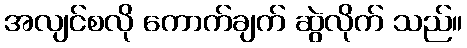
အလျင်စလို ကောက်ချက် ဆွဲလိုက် သည်။